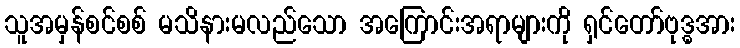
သူအမှန်စင်စစ် မသိနားမလည်သော အကြောင်းအရာများကို ရှင်တော်ဗုဒ္ဓအား